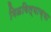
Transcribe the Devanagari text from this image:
मिळविल्याच्या